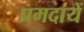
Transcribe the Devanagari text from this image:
प्रमदायें